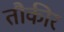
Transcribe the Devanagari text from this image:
तौकीर